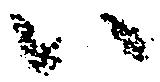
ハ